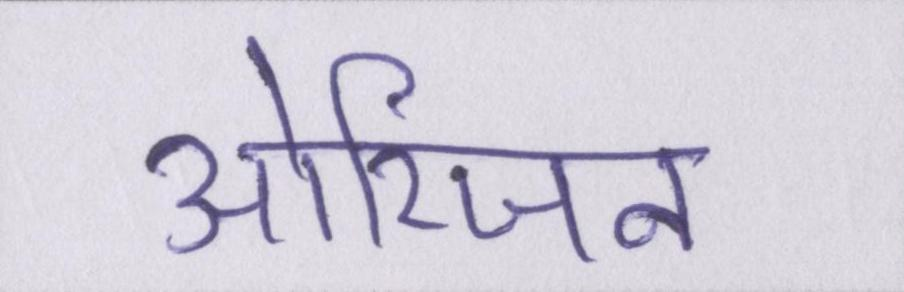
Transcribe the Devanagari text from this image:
ओरिजन